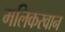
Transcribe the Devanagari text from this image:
मलिकरवान